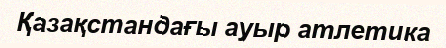
Қазақстандағы ауыр атлетика